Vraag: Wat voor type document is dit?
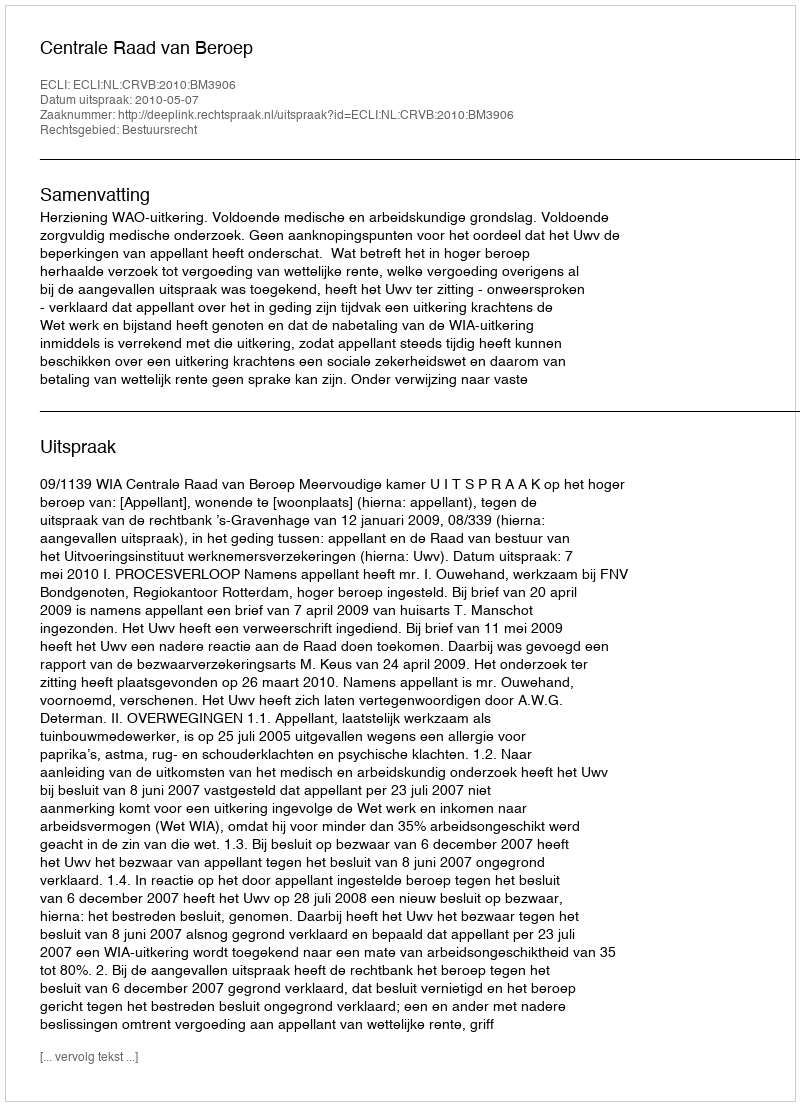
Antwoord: Uitspraak